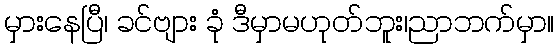
မှားနေပြီ၊ ခင်ဗျား ခုံ ဒီမှာမဟုတ်ဘူး၊ညာဘက်မှာ။